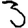
Digit: 3